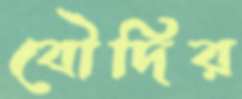
বৌদির